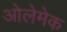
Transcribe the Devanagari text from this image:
ओलेमेक